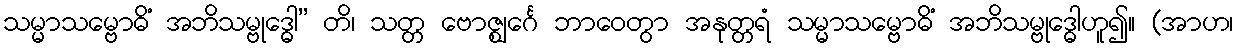
သမ္မာသမ္ဗောဓိံ အဘိသမ္ဗုဒ္ဓေါ” တိ၊ သတ္တ ဗောဇ္ဈင်္ဂေ ဘာဝေတွာ အနုတ္တရံ သမ္မာသမ္ဗောဓိံ အဘိသမ္ဗုဒ္ဓေါဟူ၍။ (အာဟ၊